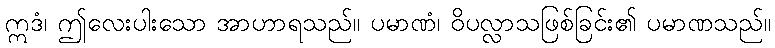
ဣဒံ၊ ဤလေးပါးသော အာဟာရသည်။ ပမာဏံ၊ ဝိပလ္လာသဖြစ်ခြင်း၏ ပမာဏသည်။